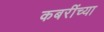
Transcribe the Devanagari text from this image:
कबरींच्या